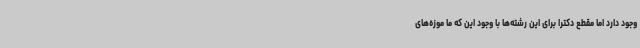
وجود دارد اما مقطع دکترا برای این رشته‌ها با وجود این که ما موزه‌های